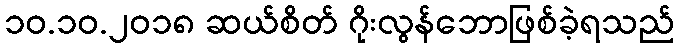
၁၀.၁၀.၂၀၁၈ ဆယ်စိတ် ဂိုးလွန်ဘောဖြစ်ခဲ့ရသည်